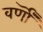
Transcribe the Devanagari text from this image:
वर्णॊं